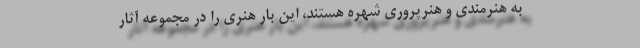
به هنرمندی و هنرپروری شهره هستند، این بار هنری را در مجموعه آثار